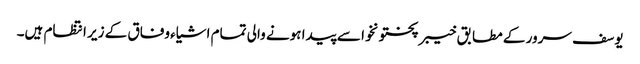
یوسف سرور کے مطابق خیبر پختونخوا سے پیدا ہونے والی تمام اشیاء وفاق کے زیر انتظام ہیں۔